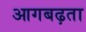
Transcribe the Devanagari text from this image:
आगबढ़ता